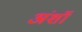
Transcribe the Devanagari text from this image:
अंशॉ